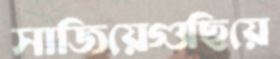
সাজিয়েগুছিয়ে